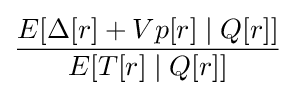
{\frac {E[\Delta [r]+Vp[r]\mid Q[r]]}{E[T[r]\mid Q[r]]}}